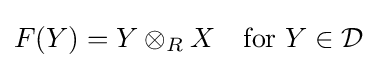
F(Y)=Y\otimes _{R}X\quad {\text{for }}Y\in {\mathcal {D}}